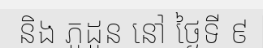
និង ភូដូន នៅ ថ្ងៃទី ៩